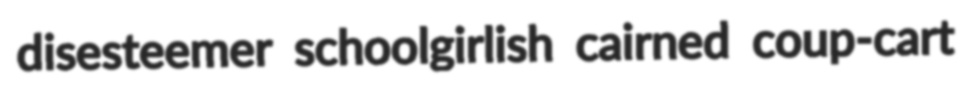
disesteemer schoolgirlish cairned coup-cart